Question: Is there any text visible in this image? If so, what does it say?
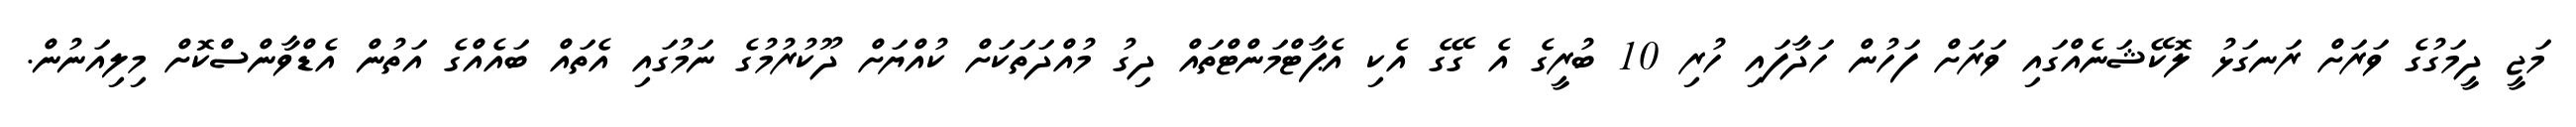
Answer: މަޖީ ދީމަގުގެ ވަރަށް ރަނގަޅު ލޮކޭޝަނެއްގައި ވަރަށް ފަހުން ހަދާފައި ހުރި 10 ބުރީގެ އެ ގޭގެ އެކި އެޕާޓްމަންޓްތައް ދިގު މުއްދަތަކަށް ކުއްޔަށް ދޫކުރުމުގެ ނަމުގައި އެތައް ބައެއްގެ އަތުން އެޑްވާންސްކޮށް މިލިއަނުން.